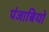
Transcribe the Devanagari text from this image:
पंजाबियो